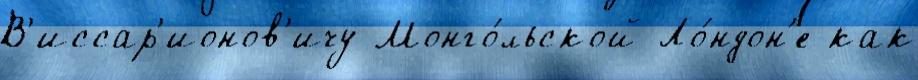
В'иссар'ионов'ичу Монго́льской Ло́ндон'е как